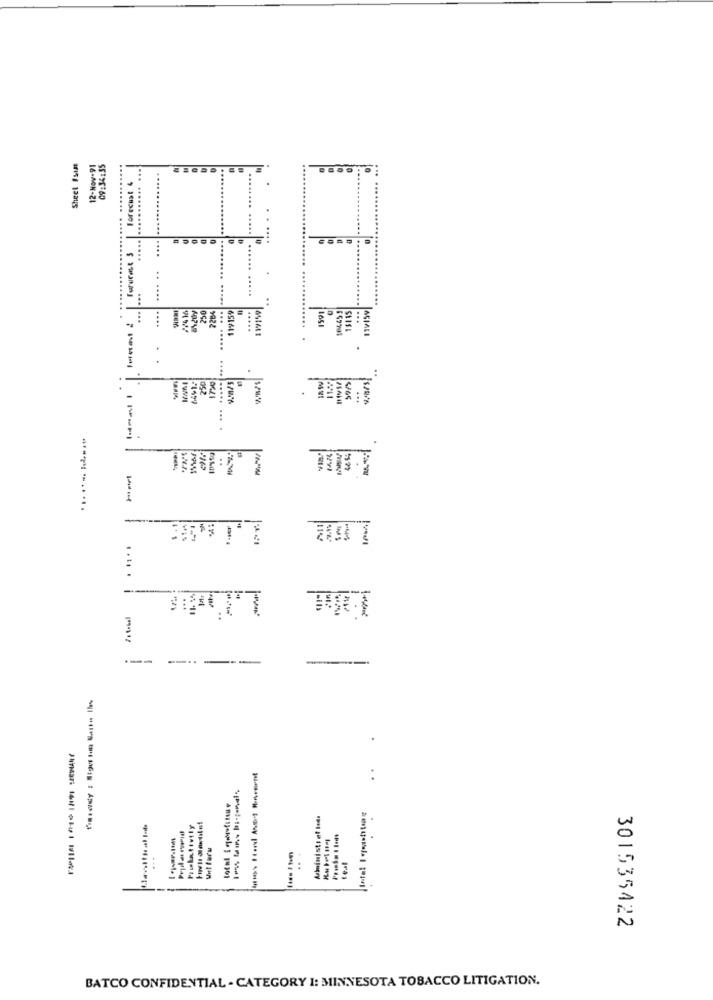
Sheet Isum
12-Nov-91
09:34:35
Torecual 4
...
....
...
...
...
..
7284
119159
119159
274 16
250
..... ...
.....
1591
250
.
ways
.... .....
..
...
-
--- - --
--
Frutativity
unt furu
301535422
BATCO CONFIDENTIAL - CATEGORY I: MINNESOTA TOBACCO LITIGATION.